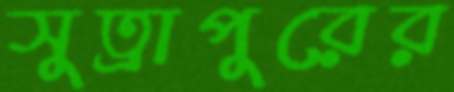
সুত্রাপুরের